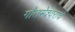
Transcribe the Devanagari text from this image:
गौतमेश्वराचे